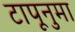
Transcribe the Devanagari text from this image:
टापूनुमा